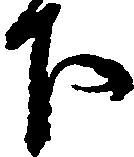
下